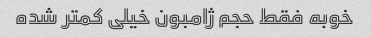
خوبه فقط حجم ژامبون خیلی کمتر شده